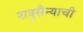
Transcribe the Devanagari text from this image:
शत्रुसैन्याची